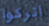
اتركوا